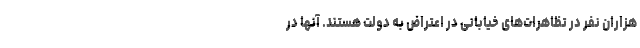
هزاران نفر در تظاهرات‌های خیابانی در اعتراض به دولت هستند. آنها در